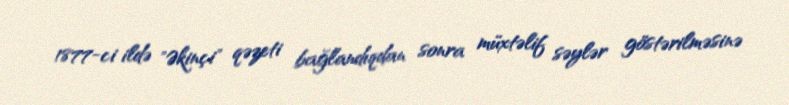
1877-ci ildə "Əkinçi" qəzeti bağlandıqdan sonra müxtəlif səylər göstərilməsinə